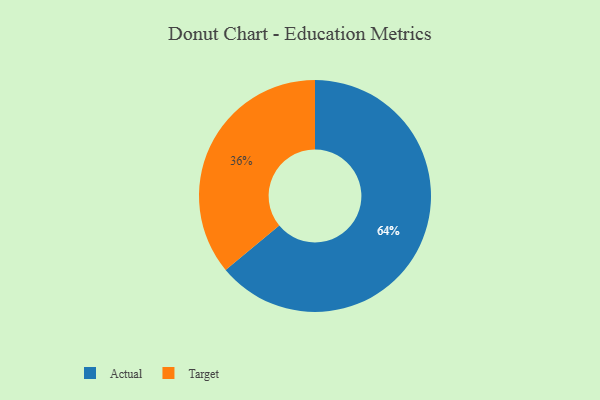
{"axis": {"x": "Category", "y": "Percentage"}, "legend": ["Actual", "Target"], "data": [{"x": "Target", "y": 36, "type": "Target"}, {"x": "Actual", "y": 64, "type": "Actual"}]}